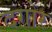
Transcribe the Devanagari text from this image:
दगोर